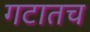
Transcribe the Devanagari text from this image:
गटातच